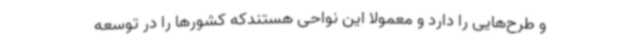
و طرح‌هایی را دارد و معمولا این نواحی هستندکه کشورها را در توسعه